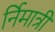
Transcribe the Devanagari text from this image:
र्निमात्री